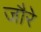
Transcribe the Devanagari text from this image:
जौरे